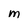
Character: M